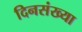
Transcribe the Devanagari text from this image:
दिनसंख्या